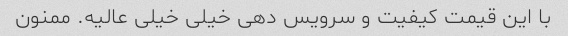
با این قیمت کیفیت و سرویس دهی خیلی خیلی عالیه. ممنون